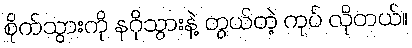
စိုက်သွားကို နဂိုသွားနဲ့ တွယ်တဲ့ ကုပ် လိုတယ်။